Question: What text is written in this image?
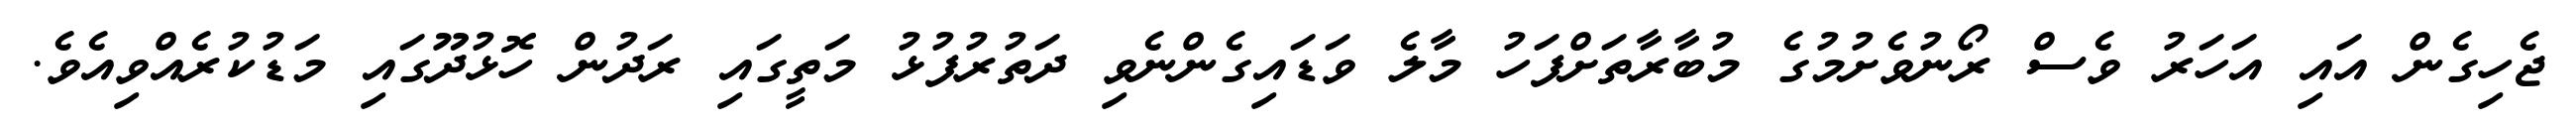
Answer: ޖެހިގެން އައި އަހަރު ވެސް ރޯނުވެށުމުގެ މުބާރާތަށްފަހު މާލެ ވަޑައިގެންނެވި ދަތުރުފުޅު މަތީގައި ރަދުން ހޮޅުދޫގައި މަޑުކުރެއްވިއެވެ.